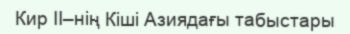
Кир II–нің Кіші Азиядағы табыстары